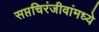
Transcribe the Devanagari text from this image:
सप्तचिरंजीवांमध्ये